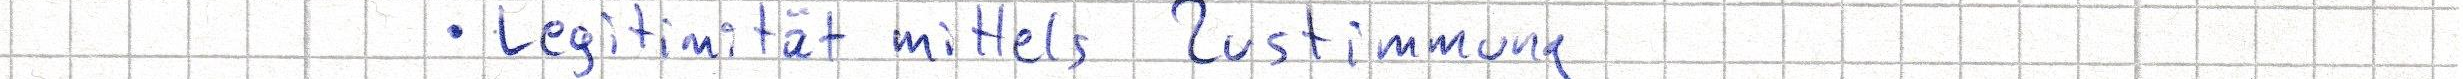
Legitimität mittels Zustimmung